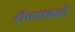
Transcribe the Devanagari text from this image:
दीपमाळही